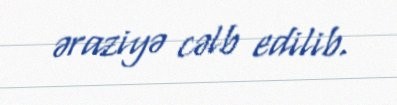
əraziyə cəlb edilib.